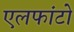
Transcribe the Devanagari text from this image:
एलफांटो